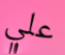
علي